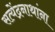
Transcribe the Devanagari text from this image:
सत्येंद्रनाथांना